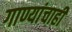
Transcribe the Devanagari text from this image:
गाण्यांचाही